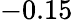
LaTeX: -0.15